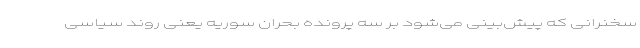
سخنرانی که پیش‌بینی می‌شود بر سه پرونده بحران سوریه یعنی روند سیاسی